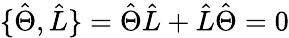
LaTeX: \{ \hat{\Theta},\hat{L}\} =\hat{\Theta}\hat{L}+\hat{L}\hat{\Theta}=0